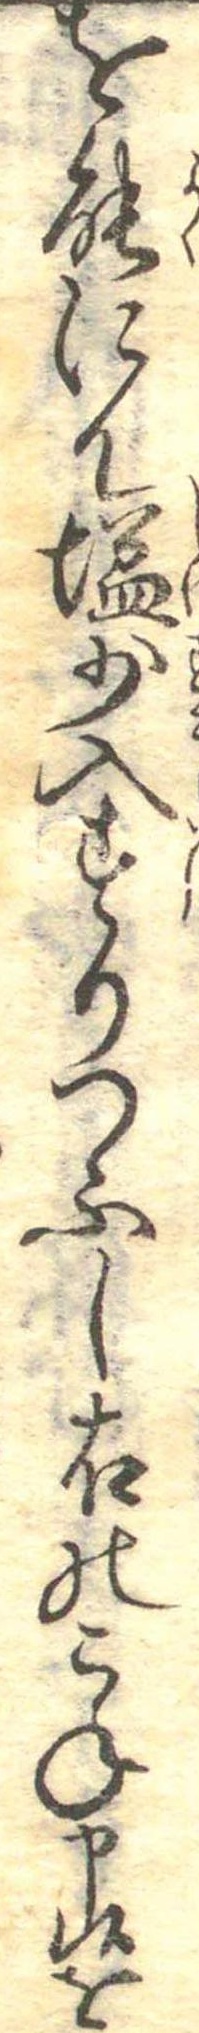
を能にて塩少入すりつふし右のこね申候を